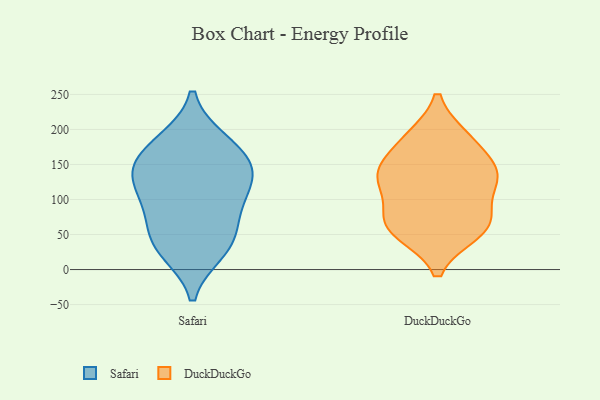
{"axis": {"x": "Customer Acquisition Cost (USD)", "y": "Value"}, "legend": ["DuckDuckGo", "Safari"], "data": [{"x": "", "y": 180, "type": "Safari"}, {"x": "", "y": 74, "type": "Safari"}, {"x": "", "y": 129, "type": "Safari"}, {"x": "", "y": 36, "type": "Safari"}, {"x": "", "y": 90, "type": "Safari"}, {"x": "", "y": 138, "type": "Safari"}, {"x": "", "y": 183, "type": "Safari"}, {"x": "", "y": 27, "type": "Safari"}, {"x": "", "y": 152, "type": "Safari"}, {"x": "", "y": 145, "type": "Safari"}, {"x": "", "y": 109, "type": "Safari"}, {"x": "", "y": 39, "type": "Safari"}, {"x": "", "y": 135, "type": "DuckDuckGo"}, {"x": "", "y": 58, "type": "DuckDuckGo"}, {"x": "", "y": 72, "type": "DuckDuckGo"}, {"x": "", "y": 136, "type": "DuckDuckGo"}, {"x": "", "y": 130, "type": "DuckDuckGo"}, {"x": "", "y": 187, "type": "DuckDuckGo"}, {"x": "", "y": 54, "type": "DuckDuckGo"}, {"x": "", "y": 72, "type": "DuckDuckGo"}, {"x": "", "y": 183, "type": "DuckDuckGo"}, {"x": "", "y": 131, "type": "DuckDuckGo"}]}